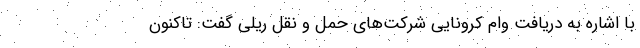
با اشاره به دریافت وام کرونایی شرکت‌های حمل و نقل ریلی گفت: تاکنون